Problem: 5 × 3 = ?
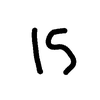
Handwritten answer: 15